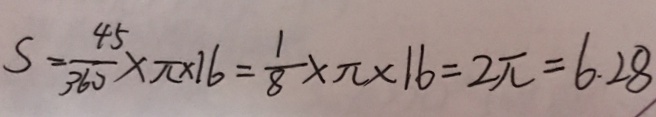
S = \frac { 4 5 } { 3 6 0 } \times \pi \times 1 6 = \frac { 1 } { 8 } \times \pi \times 1 6 = 2 \pi = 6 . 2 8